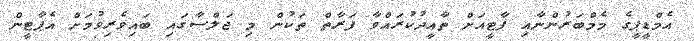
އެމްޑީޕީގެ މެމްބަރުންނާއި ޕާޓީއަށް ތާއީދުކުރައްވާ ފަރާތް ތަކުން މި ޖަލްސާގައި ބައިވެރިވުމަށް އެޕާޓީން